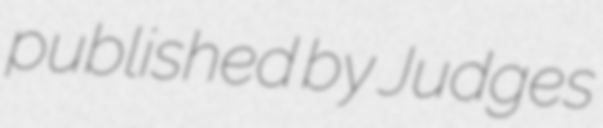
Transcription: published by Judges